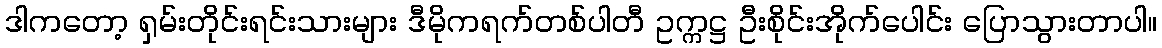
ဒါကတော့ ရှမ်းတိုင်းရင်းသားများ ဒီမိုကရက်တစ်ပါတီ ဥက္ကဋ္ဌ ဦးစိုင်းအိုက်ပေါင်း ပြောသွားတာပါ။